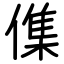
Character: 𠍱